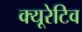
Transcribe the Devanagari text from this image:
क्यूरेटिव